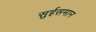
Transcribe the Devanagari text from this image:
सुईसमान